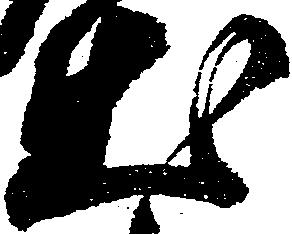
出